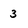
Character: 3